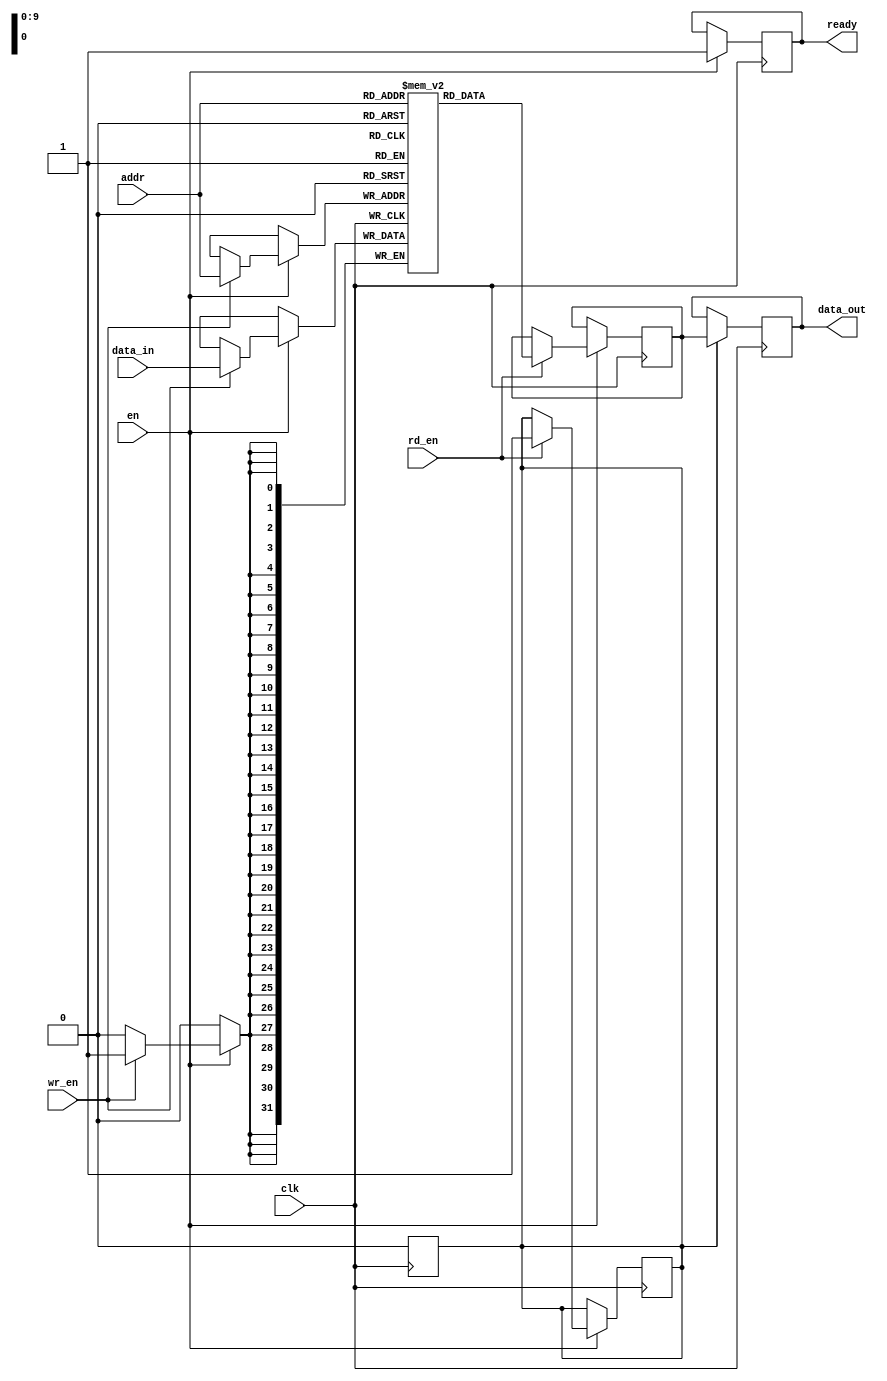
module sync_sram #(
    parameter DATA_WIDTH = 32,      // Configurable data width (8, 16, 32, 64 bits)
    parameter ADDR_WIDTH = 10,      // Configurable address width (8, 10, 12 bits)
    parameter MEM_DEPTH = 1024       // Configurable memory depth (256, 512, 1024, 2048 locations)
)(
    input wire clk,                  // Clock signal
    input wire en,                   // Enable signal
    input wire rd_en,                // Read enable signal
    input wire wr_en,                // Write enable signal
    input wire [ADDR_WIDTH-1:0] addr, // Address input
    input wire [DATA_WIDTH-1:0] data_in, // Data input
    output reg [DATA_WIDTH-1:0] data_out, // Data output
    output reg ready                 // Ready signal
);

    // Memory array declaration
    reg [DATA_WIDTH-1:0] memory [0:MEM_DEPTH-1];

    // Internal signals
    reg [DATA_WIDTH-1:0] read_data;
    reg read_valid;

    // Memory operation
    always @(posedge clk) begin
        if (en) begin
            ready <= 1'b0; // Indicate memory is busy
            if (wr_en) begin
                // Write operation
                memory[addr] <= data_in;
            end
            if (rd_en) begin
                // Read operation
                read_data <= memory[addr];
                read_valid <= 1'b1; // Indicate valid read data
            end
            ready <= 1'b1; // Indicate memory is ready for the next operation
        end
    end

    // Output data logic
    always @(posedge clk) begin
        if (read_valid) begin
            data_out <= read_data; // Output the read data
            read_valid <= 1'b0; // Reset read valid flag
        end
    end

endmodule